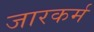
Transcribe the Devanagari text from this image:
जारकर्म